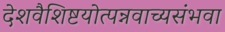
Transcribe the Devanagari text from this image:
देशवैशिष्टयोत्पन्नवाच्यसंभवा